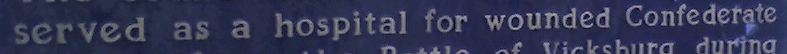
served as a hospital for wounded Confederate